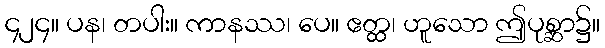
၄၂၄။ ပန၊ တပါး။ ကာနဿ၊ ပေ။ ဧတ္ထ၊ ဟူသော ဤပုစ္ဆာ၌။